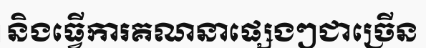
និងធ្វើការគណនាផ្សេងៗជាច្រើន